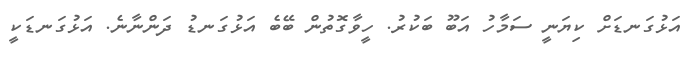
އަޅުގަނޑަށް ކިޔަނީ ސަމާހު އަބޫ ބަކުރު. ހީވާގޮތުން ބޭބެ އަޅުގަނޑު ދަންނާނެ. އަޅުގަނޑަކީ